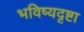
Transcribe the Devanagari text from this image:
भविष्यदृष्टा